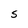
Character: S